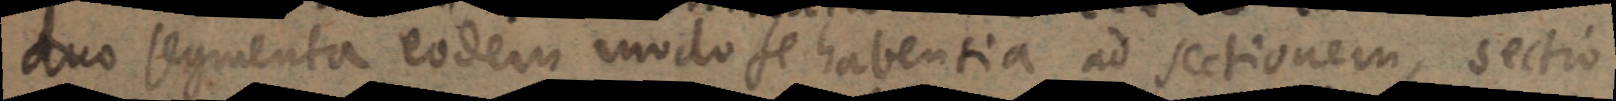
duo segmenta eodem modo se habentia ad sectionem, sectio